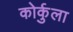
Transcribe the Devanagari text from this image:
कोर्कुला